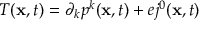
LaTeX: T ( { \bf x } , t ) = \partial _ { k } p ^ { k } ( { \bf x } , t ) + e j ^ { 0 } ( { \bf x } , t )